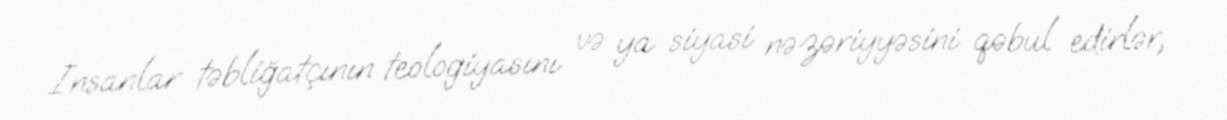
İnsanlar təbliğatçının teologiyasını və ya siyasi nəzəriyyəsini qəbul edirlər,